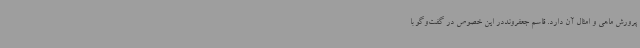
پرورش ماهی و امثال آن دارد. قاسم جعفرونددر این خصوص در گفت‌وگو با